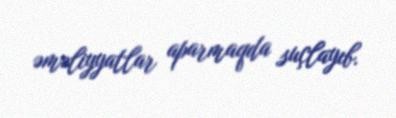
əməliyyatlar aparmaqda suçlayıb.